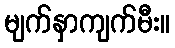
မျက်နှာကျက်မီး။